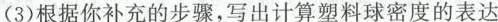
(3)根据你补充的步骤，写出计算塑料球密度的表达